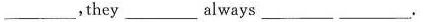
___，they ___ always ___ ___.